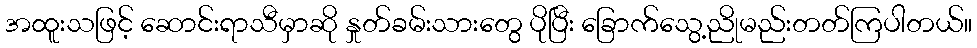
အထူးသဖြင့် ဆောင်းရာသီမှာဆို နှုတ်ခမ်းသားတွေ ပိုပြီး ခြောက်သွေ့ညိုမည်းတတ်ကြပါတယ်။